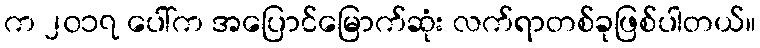
က ၂၀၁၇ ပေါ်က အပြောင်မြောက်ဆုံး လက်ရာတစ်ခုဖြစ်ပါတယ်။